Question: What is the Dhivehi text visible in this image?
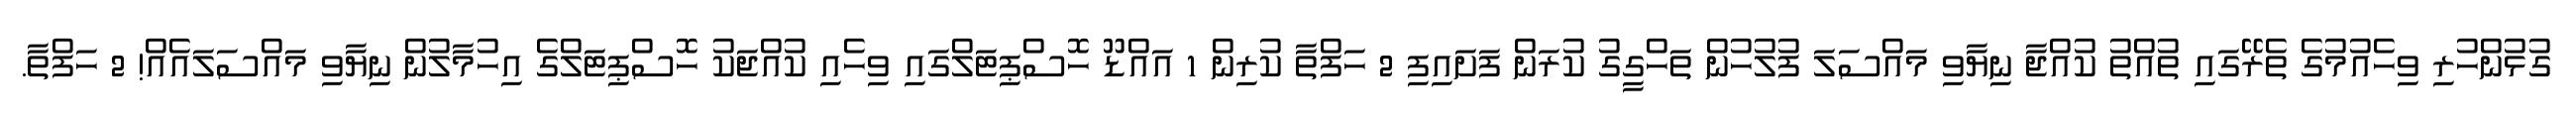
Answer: ގުޅުންހުރި ވިހެއުމުގެ ތެރޭގައި ތުއްތު ކުއްޖާ ނިޔާވި މައްސަލަ ފުލުހުން ތަހްގީގު ކުރަން ފަށައިފި 2 ހަފްތާ ކުރިން 1 އައްޑޫ ހޮސްޕިޓަލްގައި ވިހެއި ކުއްޖަކު ހޮސްޕިޓަލްގެ އިހުމާލުން ނިޔާވި މައްސަލައެއް! 2 ހަފްތާ.